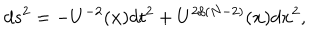
LaTeX: d s ^ { 2 } = - U ^ { - 2 } ( { \bf { x } } ) d t ^ { 2 } + U ^ { 2 / ( N - 2 ) } ( { \bf { x } } ) d { \bf { x } } ^ { 2 } ,